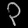
Digit: ၃